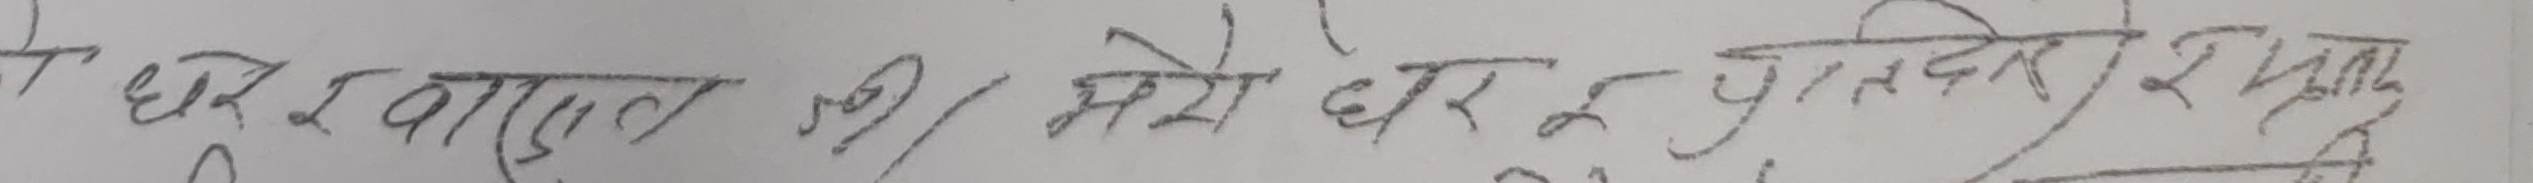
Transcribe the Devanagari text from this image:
ये घर आई बात है की मेरो घर को प्रस्तरेर राख्नु